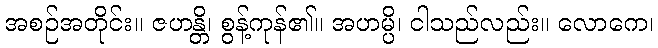
အစဉ်အတိုင်း။ ဇဟန္တိ၊ စွန့်ကုန်၏။ အဟမ္ပိ၊ ငါသည်လည်း။ လောကေ၊